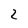
Character: 2